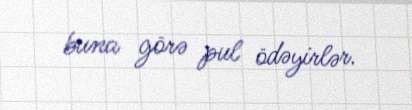
buna görə pul ödəyirlər.